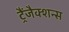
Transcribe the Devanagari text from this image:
ट्रैंजैक्शन्स